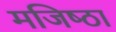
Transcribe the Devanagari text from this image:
मजिष्‍ठा